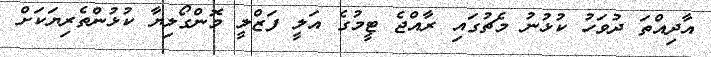
އާދިއްތަ ދުވަހު ކުޅުނު މެޗުގައި ރާއްޖެ ޓީމުގެ އަލީ ފަޒްލީ މޮންގޯލިޔާ ކުޅުންތެރިޔަކަށް